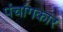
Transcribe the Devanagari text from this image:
पंचांगकार